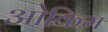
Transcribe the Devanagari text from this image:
ओकिम